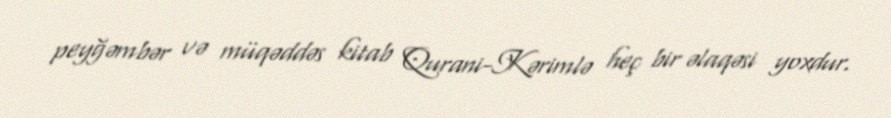
peyğəmbər və müqəddəs kitab Qurani-Kərimlə heç bir əlaqəsi yoxdur.